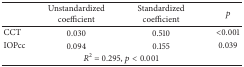
<table><thead><tr><td><b> </b></td><td><b>Unstandardized coefficient</b></td><td><b> Standardized coefficient</b></td><td><b><i>p</i></b></td></tr></thead><tbody><tr><td>CCT</td><td>0.030</td><td> 0.510</td><td> &lt;0.001</td></tr><tr><td>IOPcc</td><td>0.094</td><td> 0.155 </td><td> 0.039</td></tr><tr><td colspan="4"><i>R</i><sup>2</sup> = 0.295, <i>p</i> &lt; 0.001</td></tr></tbody></table>